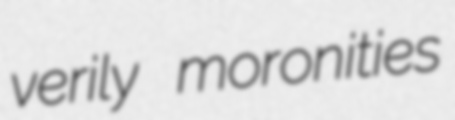
verily moronities